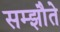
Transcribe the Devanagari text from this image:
सम्झौते